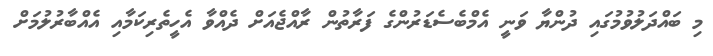
މި ބައްދަލުވުމުގައި ދުންޔާ ވަނީ އެމްބެސެޑަރުންގެ ފަރާތުން ރާއްޖެއަށް ދެއްވާ އެހީތެރިކަމާއި އެއްބާރުލުމަށް